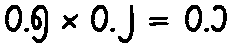
၀.၅ × ၀.၂ = ၀.၁